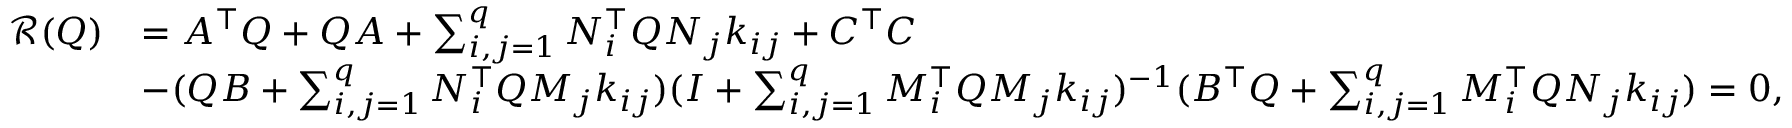
\begin{array} { r l } { \mathcal { R } ( Q ) } & { = A ^ { \top } Q + Q A + \sum _ { i , j = 1 } ^ { q } N _ { i } ^ { \top } Q N _ { j } k _ { i j } + C ^ { \top } C } \\ & { - ( Q B + \sum _ { i , j = 1 } ^ { q } N _ { i } ^ { \top } Q M _ { j } k _ { i j } ) ( I + \sum _ { i , j = 1 } ^ { q } M _ { i } ^ { \top } Q M _ { j } k _ { i j } ) ^ { - 1 } ( B ^ { \top } Q + \sum _ { i , j = 1 } ^ { q } M _ { i } ^ { \top } Q N _ { j } k _ { i j } ) = 0 , } \end{array}